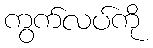
ကွက်လပ်ကို